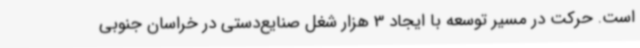
است. حرکت در مسیر توسعه با ایجاد 3 هزار شغل صنایع‌دستی در خراسان جنوبی